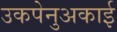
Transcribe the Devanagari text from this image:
उकपेनुअकाई